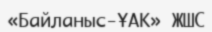
«Байланыс-ҰАК» ЖШС